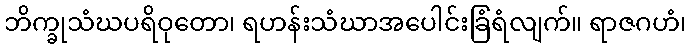
ဘိက္ခုသံဃပရိဝုတော၊ ရဟန်းသံဃာအပေါင်းခြံရံလျက်။ ရာဇဂဟံ၊